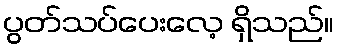
ပွတ်သပ်ပေးလေ့ ရှိသည်။